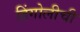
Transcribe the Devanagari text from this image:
हिंगोलीची